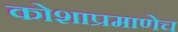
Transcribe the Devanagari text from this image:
कोशाप्रमाणेच